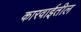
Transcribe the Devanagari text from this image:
कारवाईतील